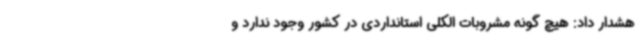
هشدار داد: هیچ گونه مشروبات الکلی استانداردی در کشور وجود ندارد و